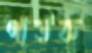
গাউফ